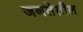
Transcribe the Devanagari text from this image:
जनतेतील